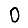
Digit: 0